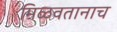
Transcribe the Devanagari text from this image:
मिळवतानाच